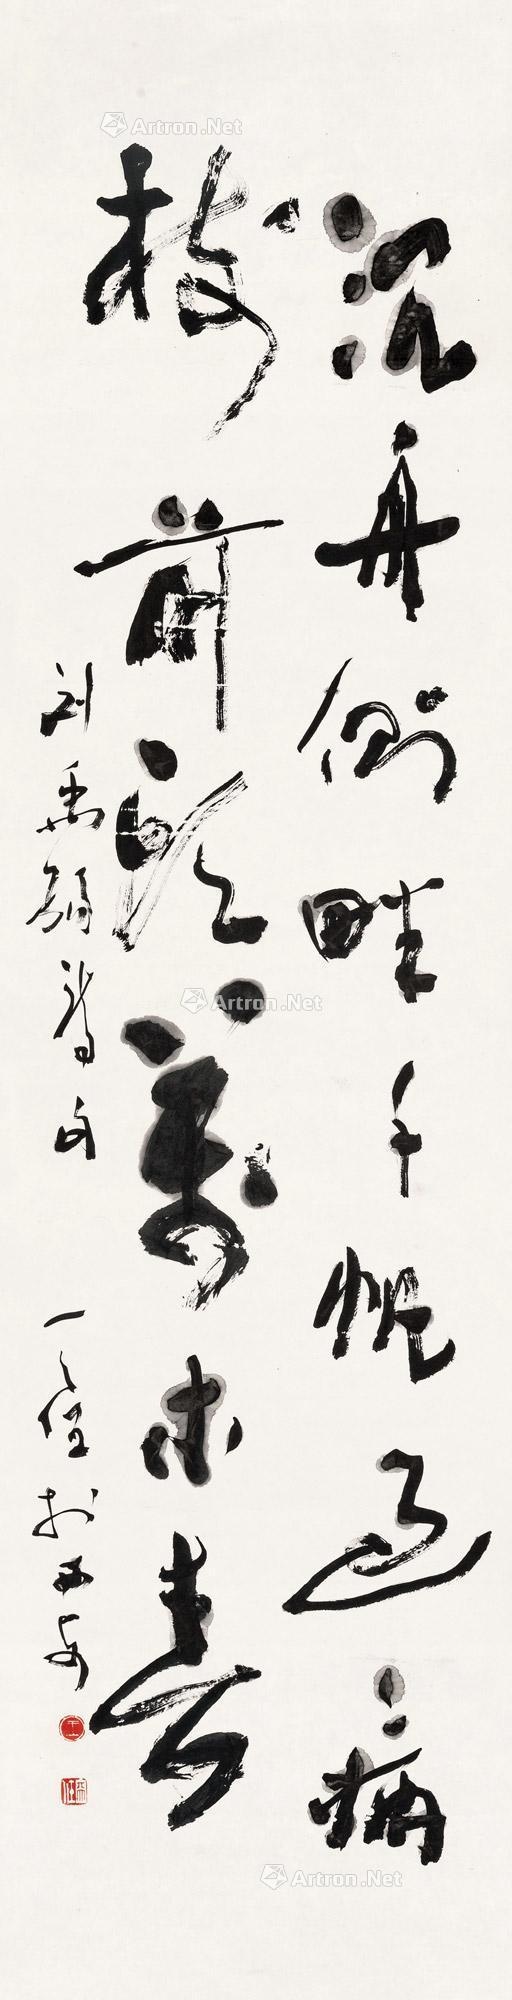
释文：沉舟侧畔千帆过，病树前头万木春。刘禹锡诗句。天任于西安。